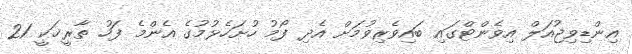
އިންޑިވިޖުއަލް އިވެންޓްގައި ބައިވެރިވުމަށް އެދި ފޯމު ހުށަހެޅުމުގެ އެންމެ ފަހު ތާރީޚަކީ 21